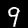
Digit: 9